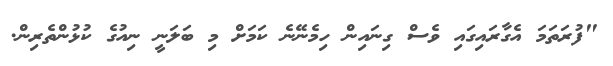
"ފުރަތަމަ އެގާރައިގައި ވެސް ގިނައިން ހިމެނޭނެ ކަމަށް މި ބަލަނީ ނިއުގެ ކުޅުންތެރިން.